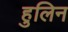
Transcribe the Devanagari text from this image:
हुलिन